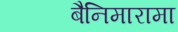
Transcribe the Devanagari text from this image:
बैनिमारामा